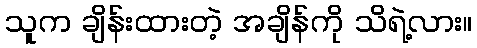
သူက ချိန်းထားတဲ့ အချိန်ကို သိရဲ့လား။